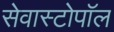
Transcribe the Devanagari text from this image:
सेवास्टोपॉल